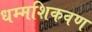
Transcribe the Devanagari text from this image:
धम्मशिकवण